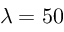
\lambda = 5 0